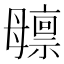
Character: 𬆸